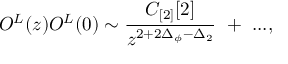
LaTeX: O ^ { L } ( z ) O ^ { L } ( 0 ) \sim { \frac { C _ { [ 2 ] } [ 2 ] } { z ^ { 2 + 2 \Delta _ { \phi } - \Delta _ { 2 } } } } ~ + ~ . . . ,